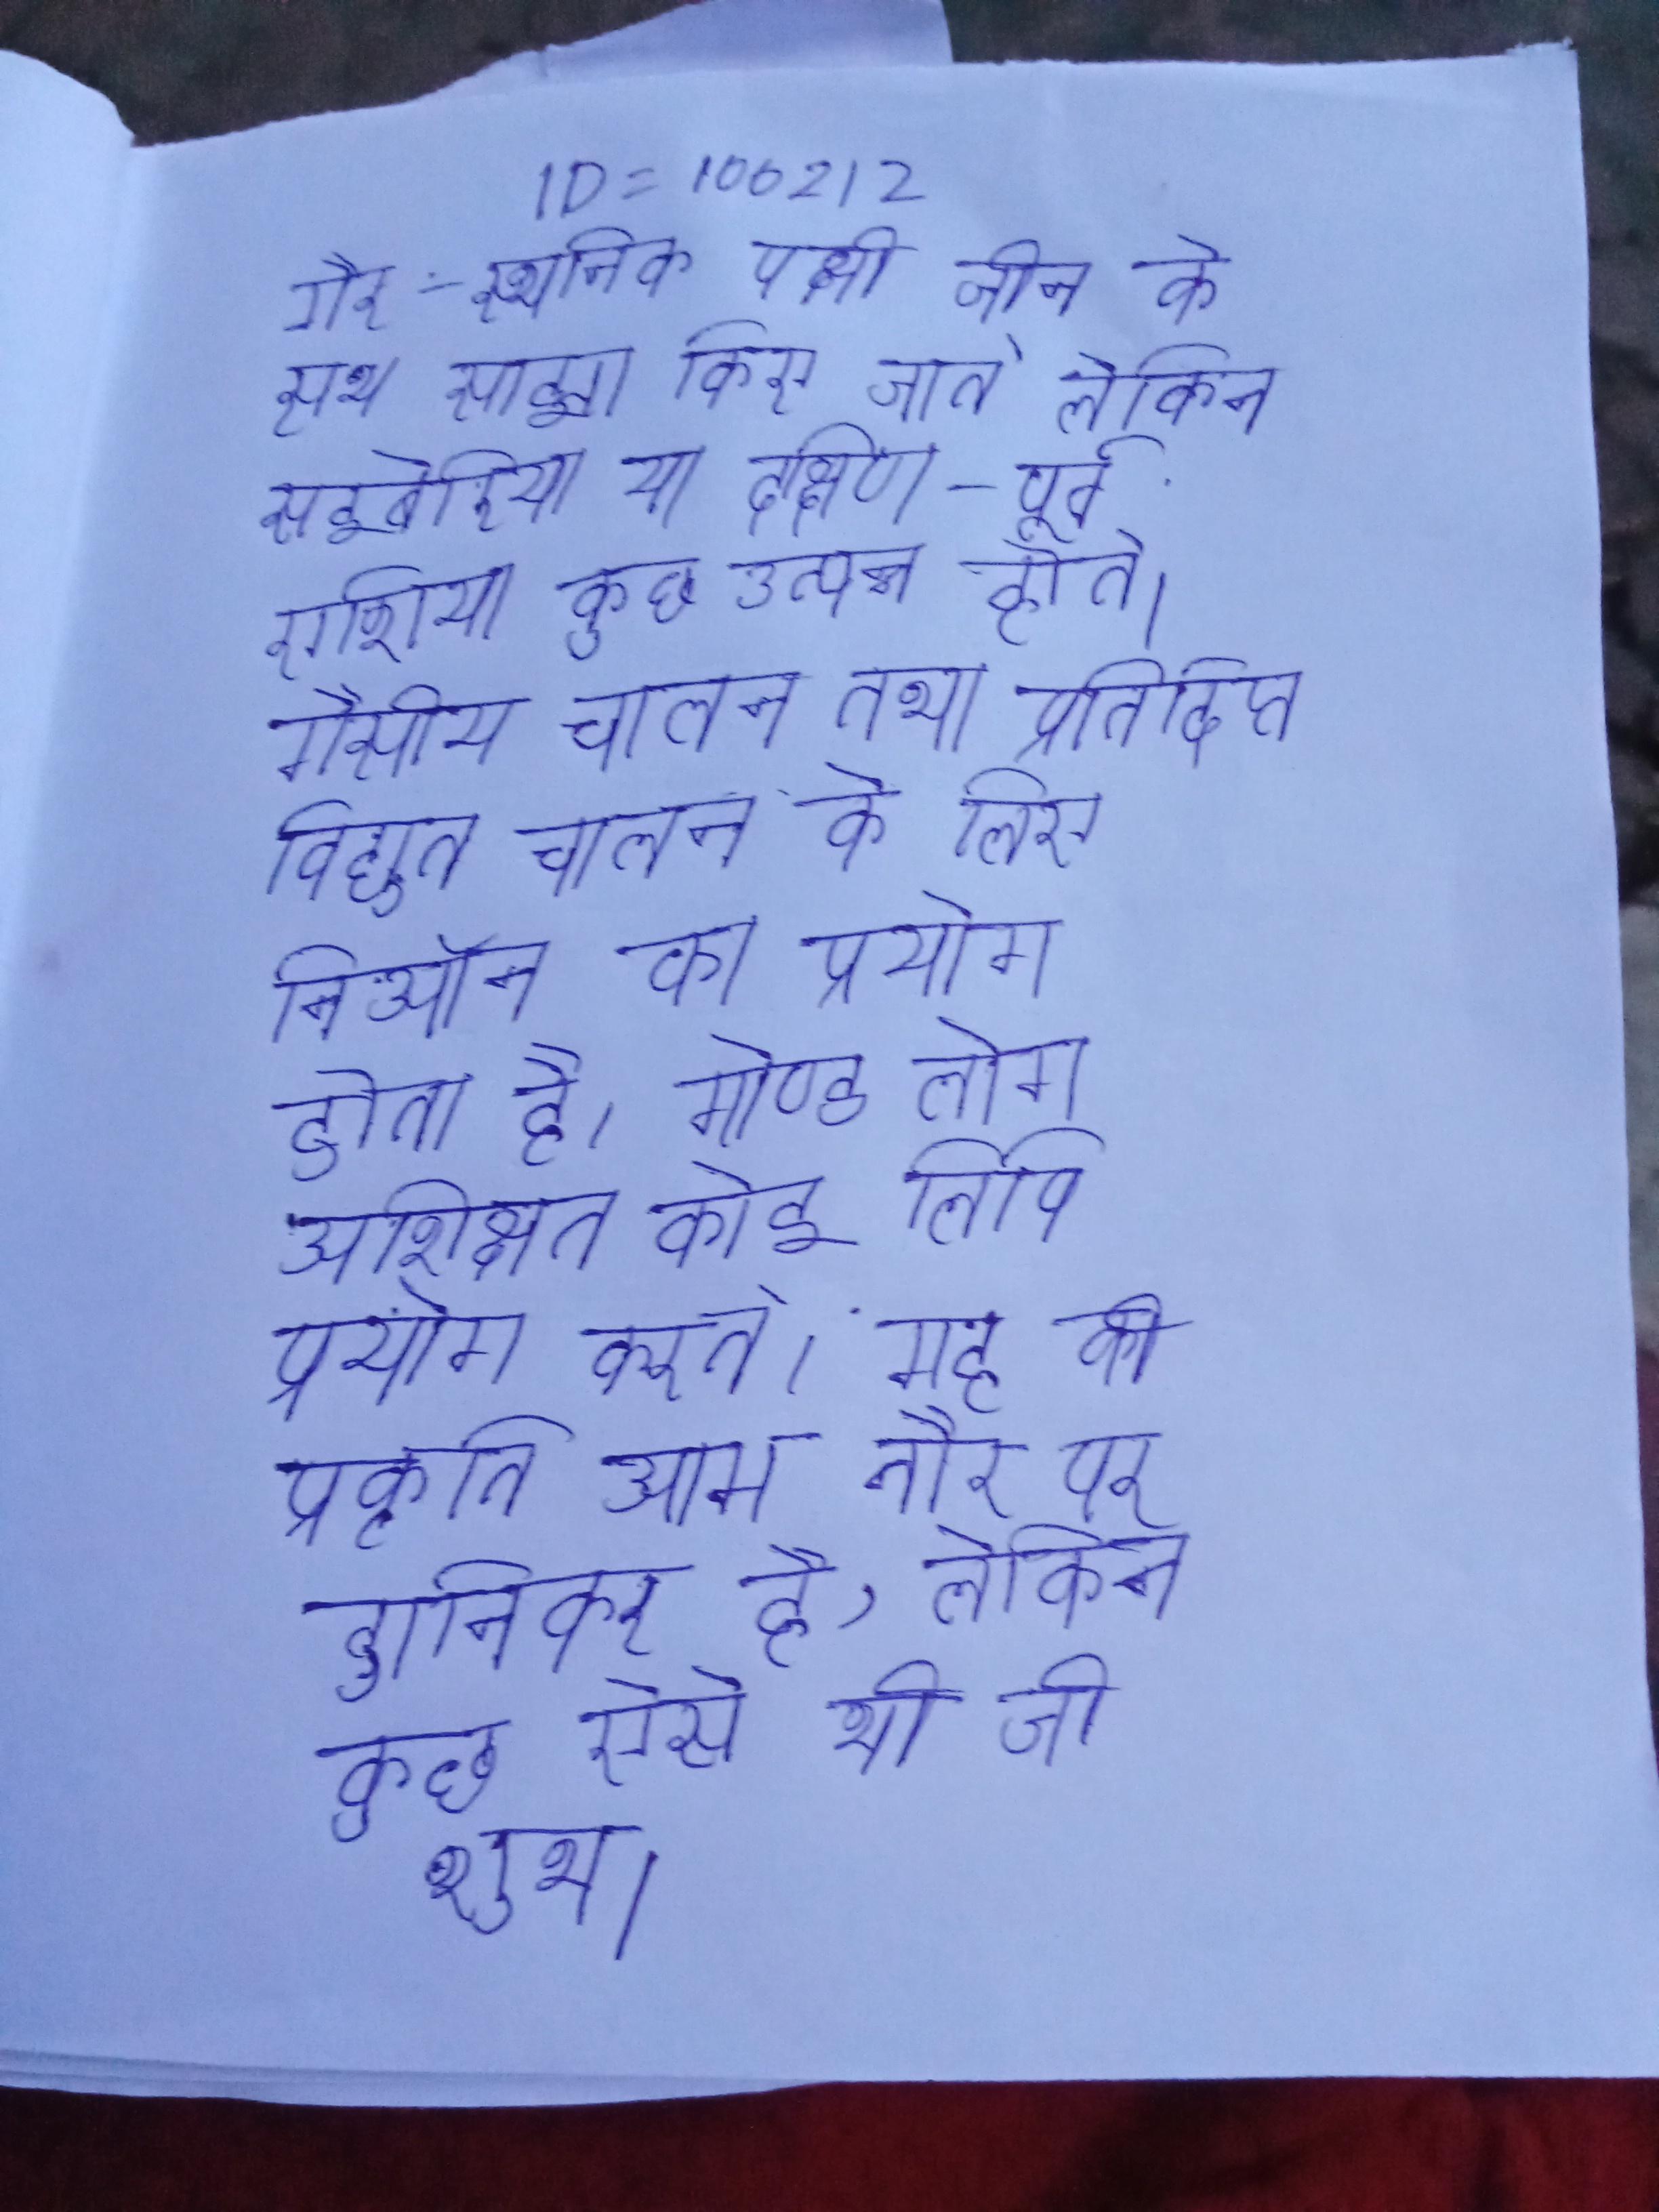
गैर-स्थानिक पक्षी चीन के साथ साझा किए जाते लेकिन साइबेरिया या दक्षिण-पूर्व एशिया कुछ उत्पन्न होते । गैसीय चालन तथा प्रतिदीप्त विद्युत चालन के लिए निऑन का प्रयोग होता है । गोण्ड लोग अशिक्षित कोई लिपि प्रयोग करते । ग्रह की प्रकृति आम तौर पर हानिकर है, लेकिन कुछ ऐसे भी जो शुभ ।